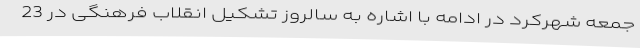
جمعه شهرکرد در ادامه با اشاره به سالروز تشکیل انقلاب فرهنگی در 23